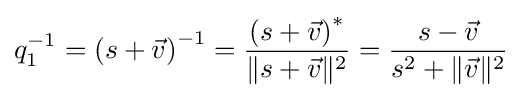
q_{1}^{-1}=\left(s+{\vec {v}}\right)^{-1}={\frac {\left(s+{\vec {v}}\right)^{*}}{\lVert s+{\vec {v}}\rVert ^{2}}}={\frac {s-{\vec {v}}}{s^{2}+\lVert {\vec {v}}\rVert ^{2}}}